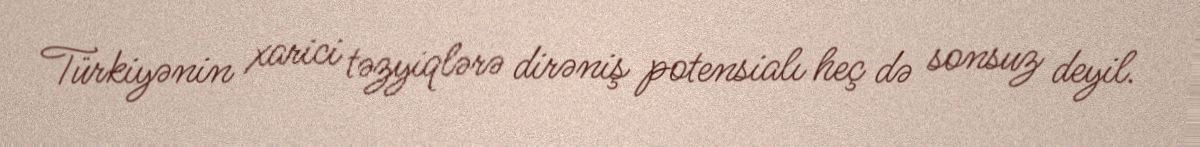
Türkiyənin xarici təzyiqlərə dirəniş potensialı heç də sonsuz deyil.